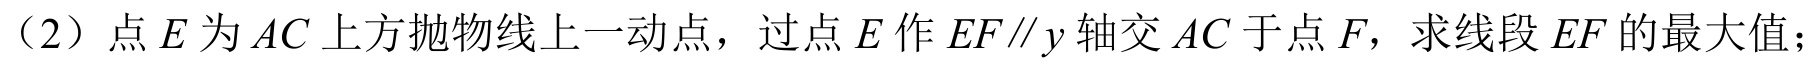
（2）点\(E\)为\(AC\)上方抛物线上一动点，过点\(E\)作\(EF\parallel y\)轴交\(AC\)于点\(F\)，求线段\(EF\)的最大值；